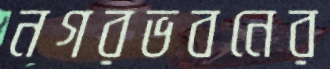
নগরভবনের